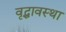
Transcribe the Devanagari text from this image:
वृद्धावस्‍था